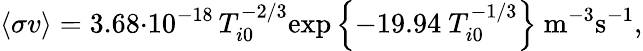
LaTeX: \langle\sigma v\rangle=3.68{\cdot}10^{-18}\, T_{i0}^{-2/3}\mathrm{exp}\left\{ -19.94~T_{i0}^{-1/3}\right\} ~\mathrm{m}^{-3}\mathrm{s}^{-1},